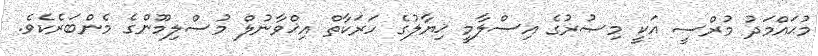
މުޙައްމަދު މުރްސީ އަކީ މިޞުރުގެ އިސްލާމީ ޚިޔާލުގެ ހަރަކާތް އިޚްވާނުލް މުސްލިމޫންގެ މެންބަރެކެވެ.